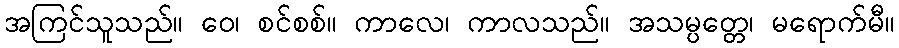
အကြင်သူသည်။ ဝေ၊ စင်စစ်။ ကာလေ၊ ကာလသည်။ အသမ္ပတ္တေ၊ မရောက်မီ။